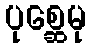
ပုစ္ဆေမု